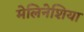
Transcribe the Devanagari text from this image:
मेलिनेशिया